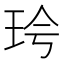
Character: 𪻖